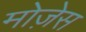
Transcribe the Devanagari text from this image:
मोजे़स